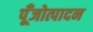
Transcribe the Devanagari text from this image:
पूँजोत्पादन